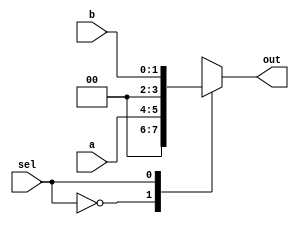
`timescale 1ns / 1ps


module muxe(a,b,sel,out); 
    input  sel;   // select line
    input  [1:0] a;  // e1
    input  [1:0] b;  //e2  
    output reg[3:0] out;  //output



always @( a or b or sel) begin
    case (sel)
        0: out <= a;
        1: out <= b;
    endcase
end

endmodule